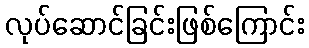
လုပ်ဆောင်ခြင်းဖြစ်ကြောင်း